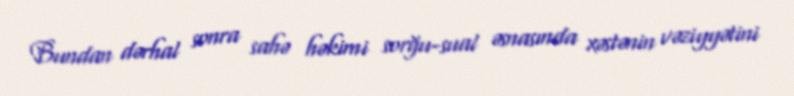
Bundan dərhal sonra sahə həkimi sorğu-sual əsnasında xəstənin vəziyyətini